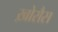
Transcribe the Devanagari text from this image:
ख़ोरौस